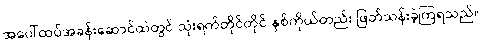
အပေါ်ထပ်အခန်းဆောင်ထဲတွင် သုံးရက်တိုင်တိုင် နှစ်ကိုယ်တည်း ဖြတ်သန်းခဲ့ကြရသည်။